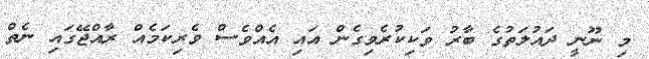
މި ނޫނީ ދައުލަތުގެ ބާރު ވަކިކުރެވިގެން އައި އެއްވެސް ވެރިކަމެއް ރާއްޖޭގައި ނެތް